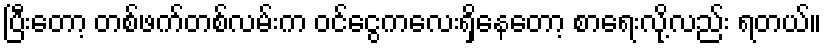
ပြီးတော့ တစ်ဖက်တစ်လမ်းက ဝင်ငွေကလေးရှိနေတော့ စာရေးလို့လည်း ရတယ်။